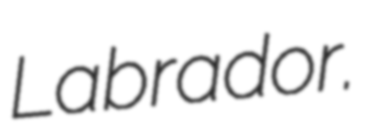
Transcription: Labrador.